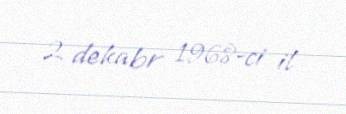
2 dekabr 1968-ci il